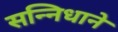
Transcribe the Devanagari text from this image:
सन्निधाने